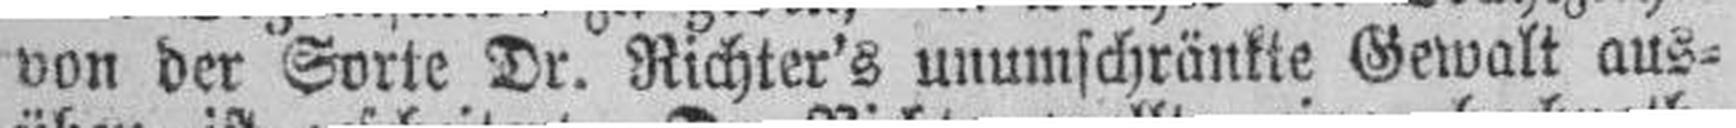
von der Sorte Dr. Richter's unumschränkte Gewalt aus¬